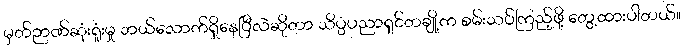
မှတ်ဉာဏ်ဆုံးရှုံးမှု ဘယ်လောက်ရှိနေပြီလဲဆိုတာ သိပ္ပံပညာရှင်တချို့က စမ်းသပ်ကြည့်ဖို့ တွေ့ထားပါတယ်။